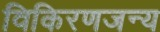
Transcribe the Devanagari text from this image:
विकिरणजन्य